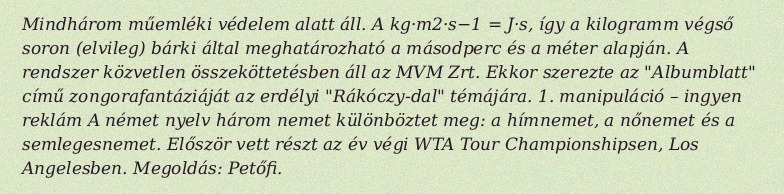
Mindhárom műemléki védelem alatt áll. A kg·m2·s−1 = J·s, így a kilogramm végső soron (elvileg) bárki által meghatározható a másodperc és a méter alapján. A rendszer közvetlen összeköttetésben áll az MVM Zrt. Ekkor szerezte az "Albumblatt" című zongorafantáziáját az erdélyi "Rákóczy-dal" témájára. 1. manipuláció – ingyen reklám A német nyelv három nemet különböztet meg: a hímnemet, a nőnemet és a semlegesnemet. Először vett részt az év végi WTA Tour Championshipsen, Los Angelesben. Megoldás: Petőfi.